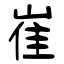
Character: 崔